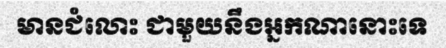
មានជំលោះ ជាមួយនឹងអ្នកណានោះទេ